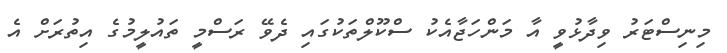
މިނިސްޓަރު ވިދާޅުވީ އާ މަންހަޖާއެކު ސްކޫލްތަކުގައި ދެވޭ ރަސްމީ ތައުލީމުގެ އިތުރަށް އެ